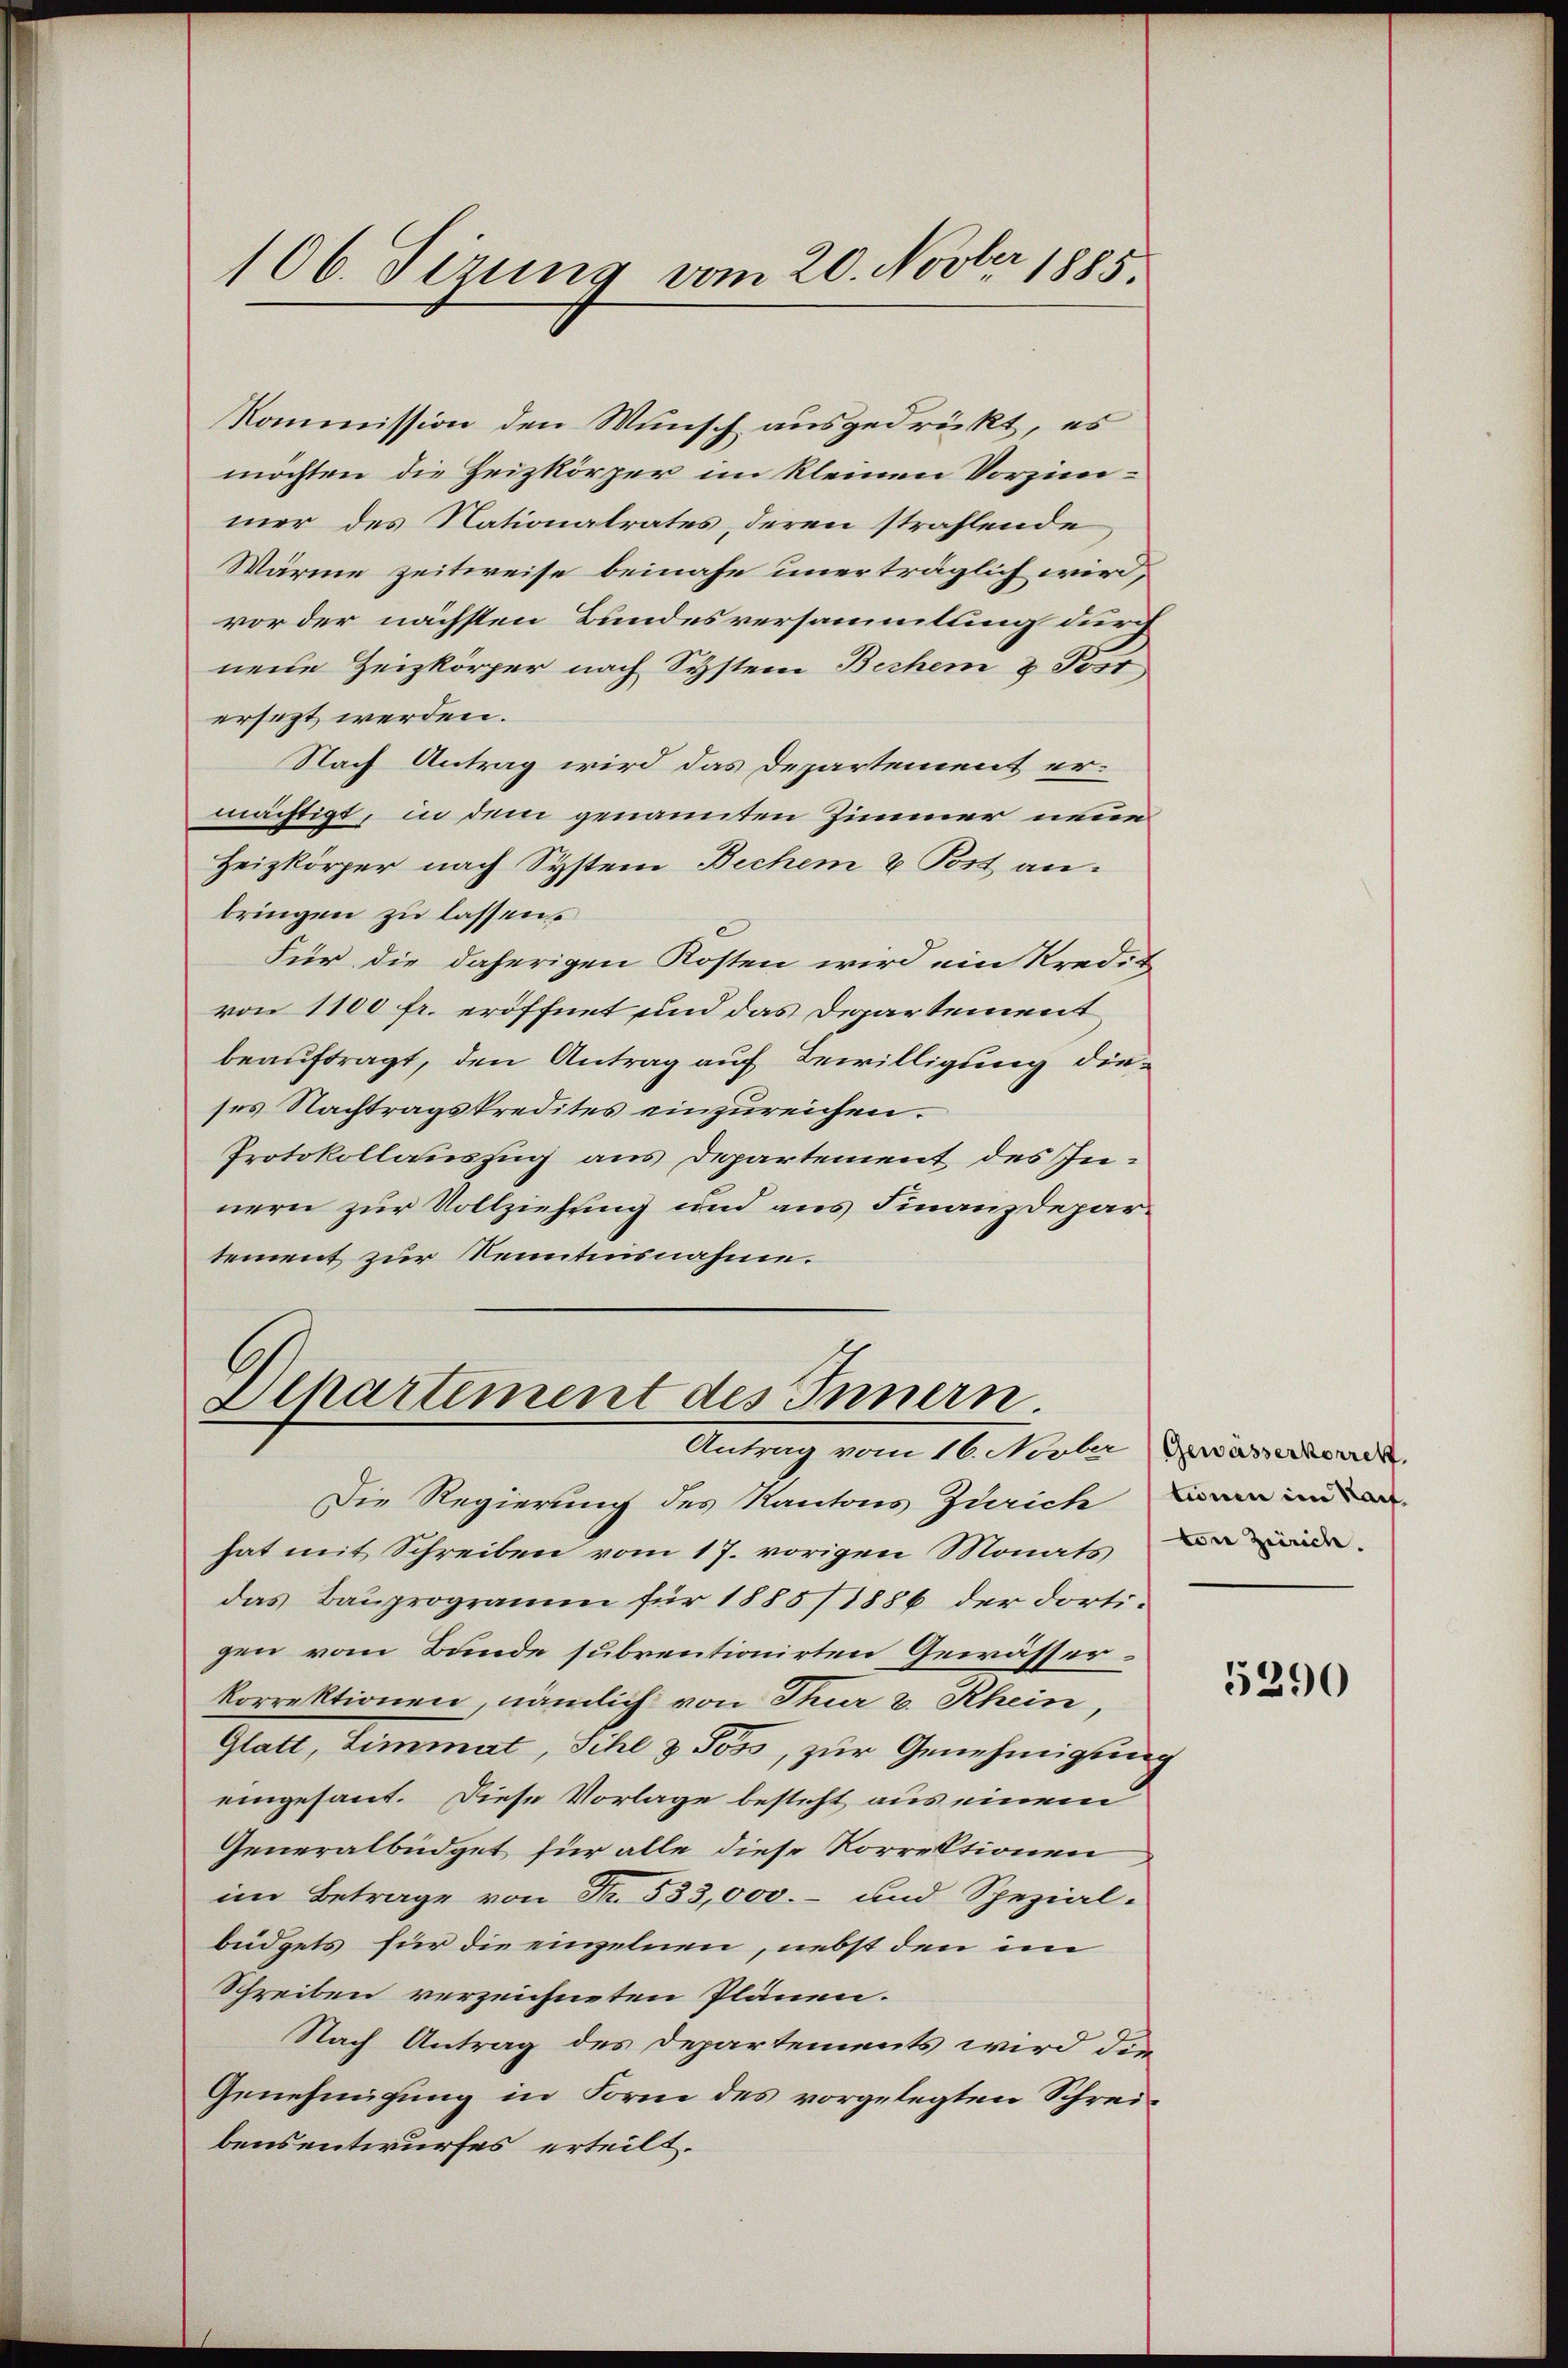
106. Sizung vom 20. Novber 1885.

Kommission den Wunsch ausgedrückt, es
möchten die Heizkörper im kleinen Vorzinmer des Nationalrates, deren strahlende
Wärme zeitweise beinahe unerträglich wird,
vor der nächsten Bundesversammlung durch
nene Zeizkörper nach System Bechen & Post,
ersezt werden.
Nach Antrag wird das Departement ermächtigt, in dem genannten Zimmer neue
Heizkörper nach System Bechen & Post an.
bringen zu lassen.
Für die daherigen Kosten wird ein Kredit
von 1100 fr. eröffnet und das Departement
beauftragt, den Antrag auf Bewilligung dieses Nachtragskredites einzureichen.
Protokollauszug aus Departement des Innern zur Vollziehung und aus Finanzdepartement zur Kenntnisnahme.
Aipartement des Innern.
Antrag vom 16. Novbr (Gewässerkorrekt.
Die Regierung des Kantons Zürich an in
hat mit Schreiben vom 17. vorigen Monats de
das Bauprogramm für 1885/1886 der dortigen vom Bunde subventionirten Gewässerkorrektionen, nämlich von Thur u. Rhein
Glatt, Limmat, Sihl & Poss, zur Genehmigung
eingesant. Diese Vorlage besteht aus einem
Generalbüdget für alle diese Korrektionen
im Betrage von Fr. 533,000.- und Spezial-
büdgets für die einzelnen, nebst den im
Schreiben verzeichneten Plänen.
Nach Antrag des Departements wird die
Genehmigung in Form des vorgelegten Schreibensentwurfes erteilt.

5290